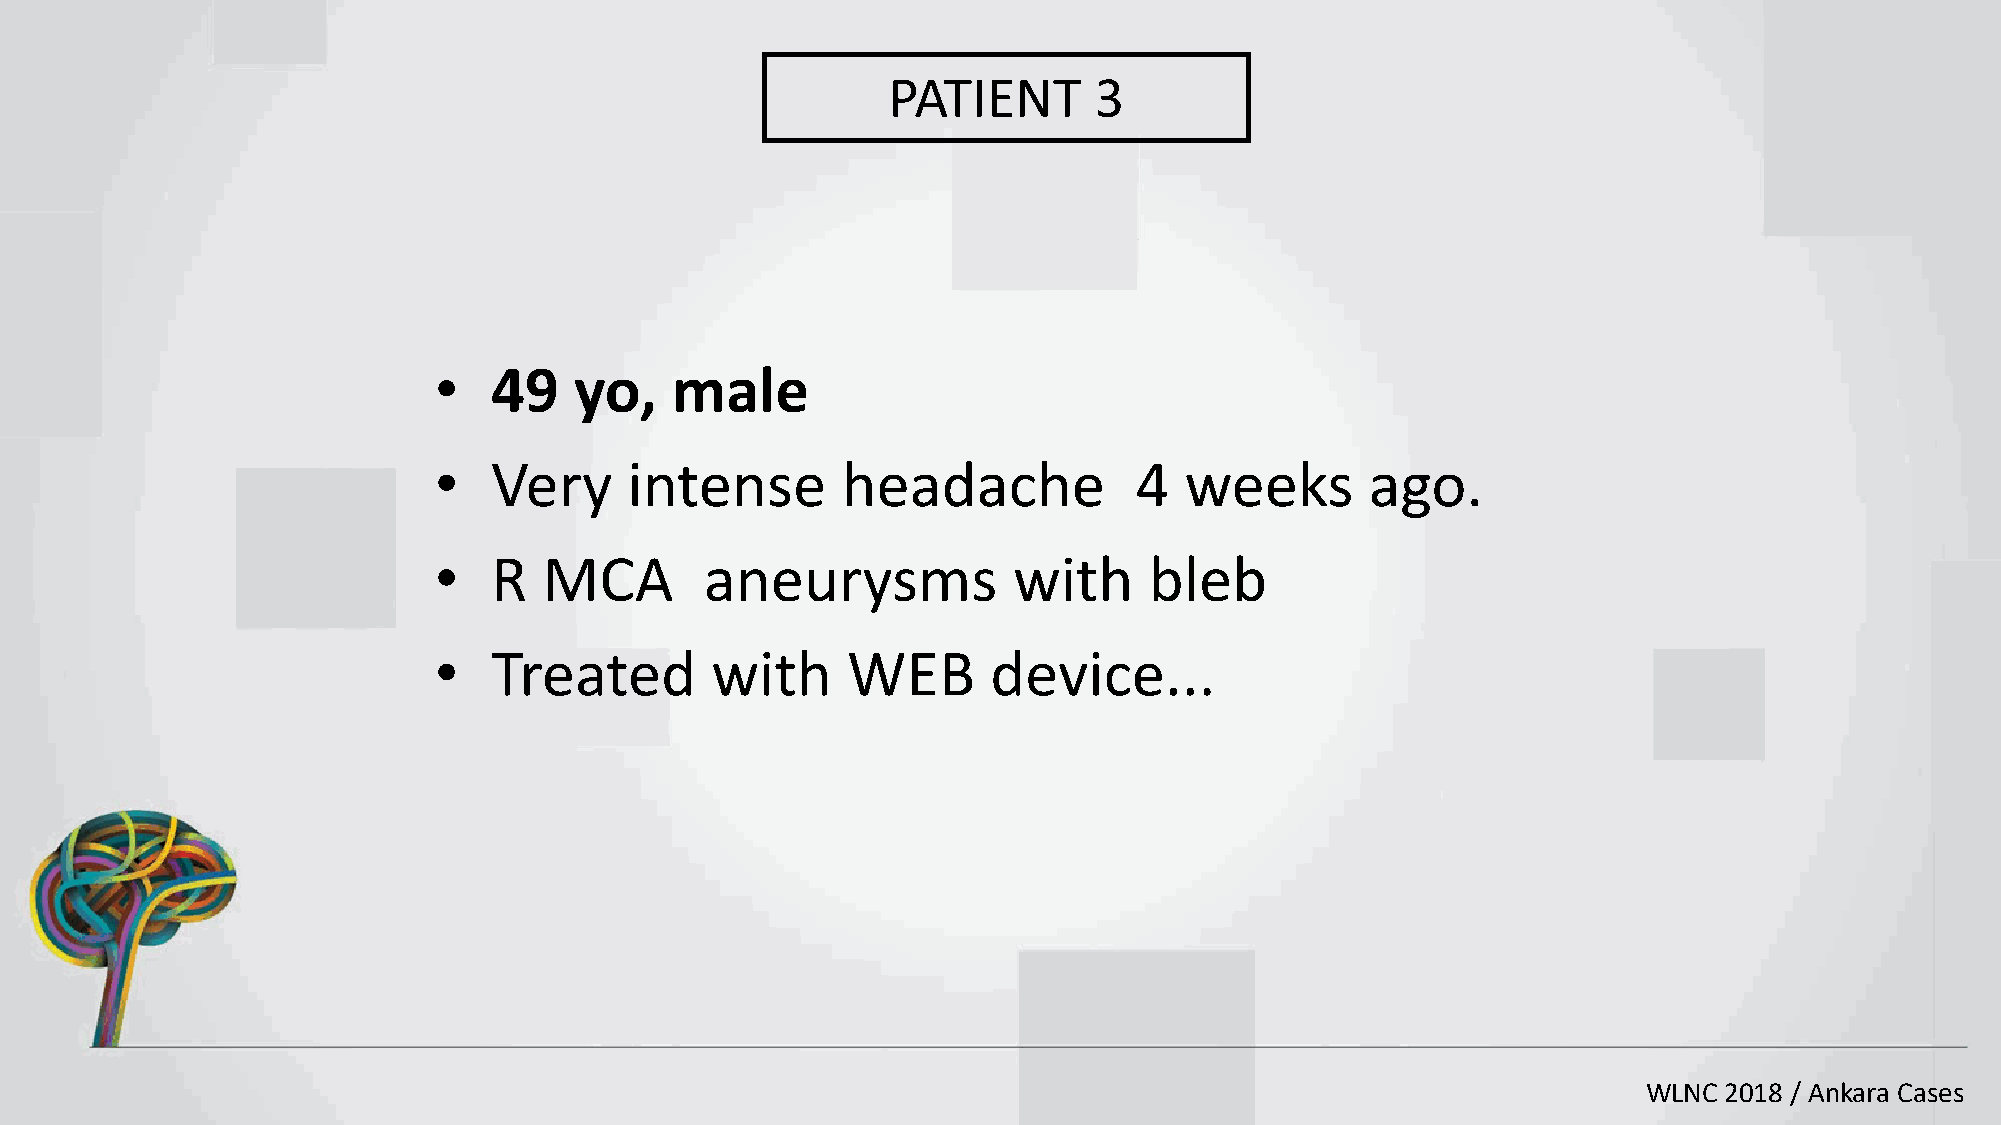
PATIENT      3
 •  49    yo,   male
 •  Very      intense       headache           4  weeks        ago.
 •  R   MCA        aneurysms           with     bleb
 •  Treated        with     WEB       device...
 WLNC 2018 / Ankara Cases